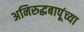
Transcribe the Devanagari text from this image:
अनिरुद्धबापूंच्या